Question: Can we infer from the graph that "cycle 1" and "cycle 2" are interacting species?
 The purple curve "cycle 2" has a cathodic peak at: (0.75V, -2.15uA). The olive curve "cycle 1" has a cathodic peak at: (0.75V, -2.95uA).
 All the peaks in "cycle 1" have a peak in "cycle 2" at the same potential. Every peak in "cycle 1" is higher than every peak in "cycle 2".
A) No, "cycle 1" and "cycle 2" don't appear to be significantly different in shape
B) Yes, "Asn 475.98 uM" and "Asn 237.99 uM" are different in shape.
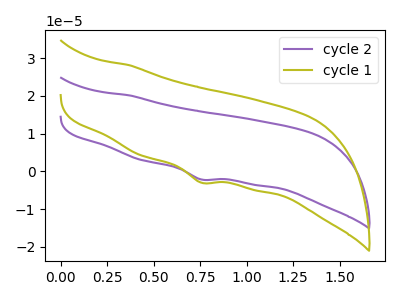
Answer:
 <answer>A) No, "cycle 1" and "cycle 2" don't appear to be significantly different in shape</answer>
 <eval>A</eval>